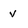
Character: v